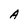
Character: A